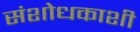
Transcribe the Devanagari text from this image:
संशोधकाशी